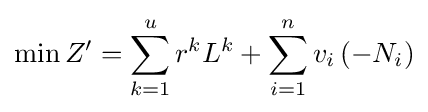
\min Z'=\sum _{k=1}^{u}{r^{k}L^{k}+\sum _{i=1}^{n}{v_{i}\left({-N_{i}}\right)}}